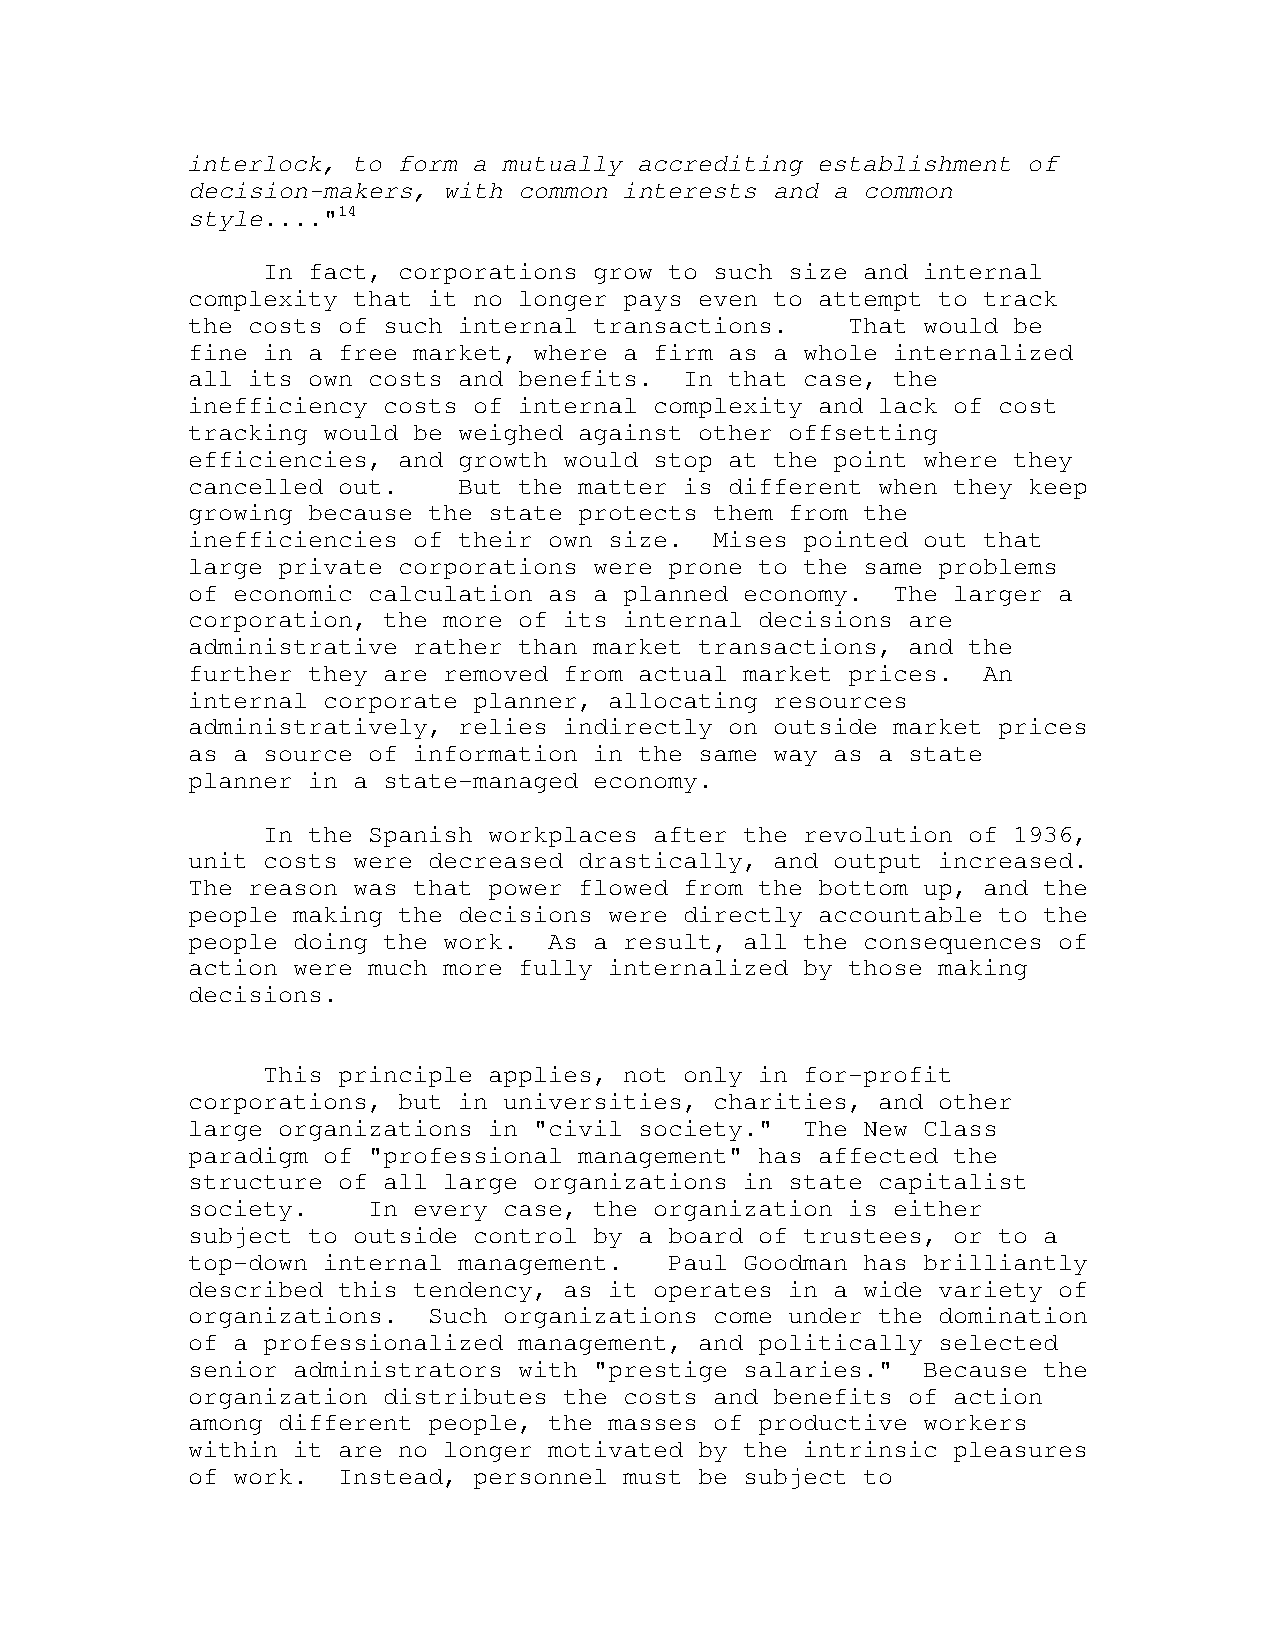
interlock, to form a mutually accrediting establishment of
 decision-makers, with common interests and a common
 style...."14
 In fact, corporations grow to such size and internal
 complexity that it no longer pays even to attempt to track
 the costs of such internal transactions.    That would be
 fine in a free market, where a firm as a whole internalized
 all its own costs and benefits.  In that case, the
 inefficiency costs of internal complexity and lack of cost
 tracking would be weighed against other offsetting
 efficiencies, and growth would stop at the point where they
 cancelled out.    But the matter is different when they keep
 growing because the state protects them from the
 inefficiencies of their own size.  Mises pointed out that
 large private corporations were prone to the same problems
 of economic calculation as a planned economy.  The larger a
 corporation, the more of its internal decisions are
 administrative rather than market transactions, and the
 further they are removed from actual market prices.  An
 internal corporate planner, allocating resources
 administratively, relies indirectly on outside market prices
 as a source of information in the same way as a state
 planner in a state-managed economy.
 In the Spanish workplaces after the revolution of 1936,
 unit costs were decreased drastically, and output increased.
 The reason was that power flowed from the bottom up, and the
 people making the decisions were directly accountable to the
 people doing the work.  As a result, all the consequences of
 action were much more fully internalized by those making
 decisions.
 This principle applies, not only in for-profit
 corporations, but in universities, charities, and other
 large organizations in "civil society."  The New Class
 paradigm of "professional management" has affected the
 structure of all large organizations in state capitalist
 society.    In every case, the organization is either
 subject to outside control by a board of trustees, or to a
 top-down internal management.   Paul Goodman has brilliantly
 described this tendency, as it operates in a wide variety of
 organizations.  Such organizations come under the domination
 of a professionalized management, and politically selected
 senior administrators with "prestige salaries."  Because the
 organization distributes the costs and benefits of action
 among different people, the masses of productive workers
 within it are no longer motivated by the intrinsic pleasures
 of work.  Instead, personnel must be subject to